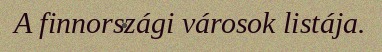
A finnországi városok listája.